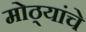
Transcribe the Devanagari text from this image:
मोठ्यांचे